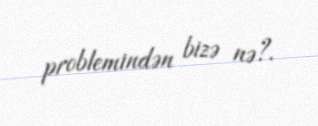
problemindən bizə nə?.